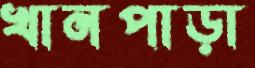
খানপাড়া